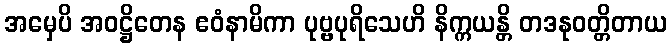
အမှေပိ အဝဋ္ဌိတေန ဧဝံနာမိကာ ပုဗ္ဗပုရိသေဟိ နိက္ကယန္တိ တဒနုဝတ္တိတာယ